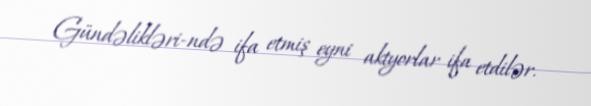
Gündəlikləri-ndə ifa etmiş eyni aktyorlar ifa etdilər.